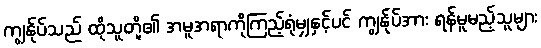
ကျွန်ုပ်သည် ထိုသူတို့၏ အမူအရာကိုကြည့်ရုံမျှနှင့်ပင် ကျွန်ုပ်အား ရန်မူမည့်သူများ